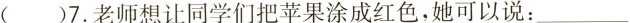
( )7.老师想让同学们把苹果涂成红色,她可以说:___